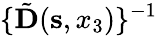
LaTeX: \{ \tilde{\mathbf D}({\mathbf s},x_{3})\} ^{-1}